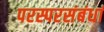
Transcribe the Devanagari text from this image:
परस्परसंबंधां